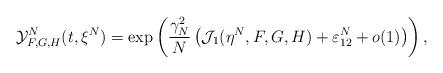
LaTeX: \begin{align*}\mathcal{Y}_{F, G, H}^N(t, \xi^N)=\exp\left(\frac{\gamma_N^2}{N}\left(\mathcal{J}_1(\eta^N, F, G, H)+\varepsilon^N_{12}+o(1)\right)\right),\end{align*}